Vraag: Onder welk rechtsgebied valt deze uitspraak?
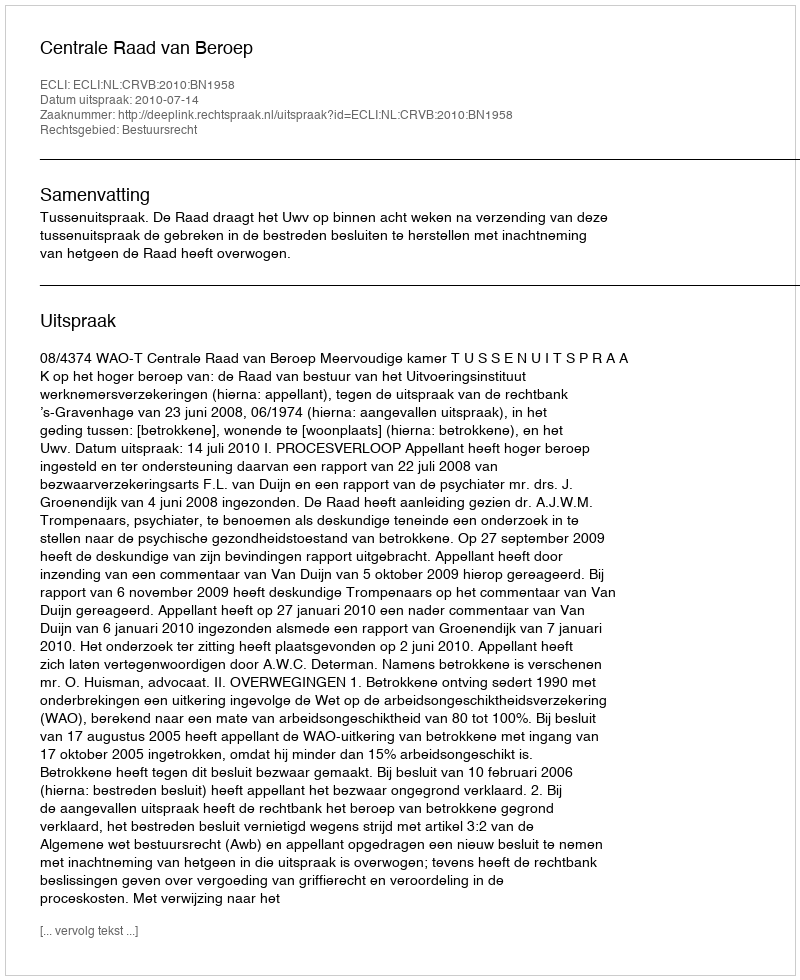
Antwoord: Bestuursrecht